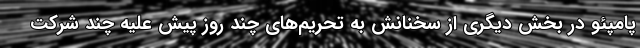
پامپئو در بخش دیگری از سخنانش به تحریم‌های چند روز پیش علیه چند شرکت